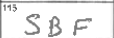
Transcription: SBF